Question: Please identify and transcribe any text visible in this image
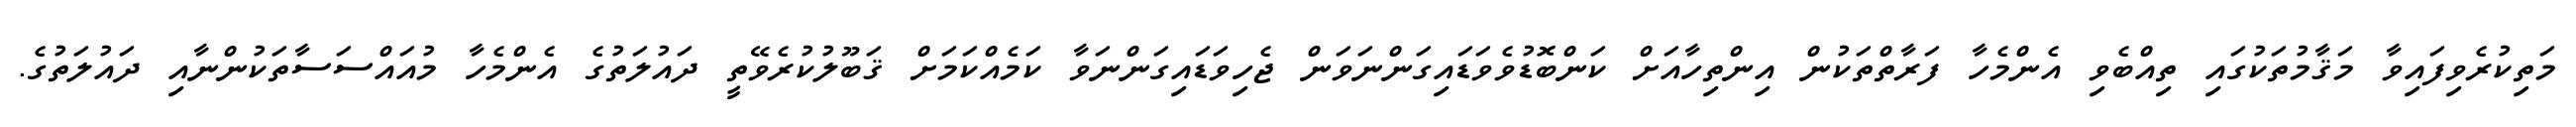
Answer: މަތިކުރެވިފައިވާ މަޤާމުތަކުގައި ތިއްބެވި އެންމެހާ ފަރާތްތަކުން އިންތިހާއަށް ކަންބޮޑުވެވަޑައިގަންނަވަން ޖެހިވަޑައިގަންނަވާ ކަމެއްކަމަށް ޤަބޫލުކުރެވޭތީ ދައުލަތުގެ އެންމެހާ މުއައްސަސާތަކުންނާއި ދައުލަތުގެ.